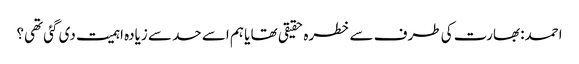
احمد: بھارت کی طرف سے خطرہ حقیقی تھا یا ہم اسے حد سے زیادہ اہمیت دی گئی تھی؟